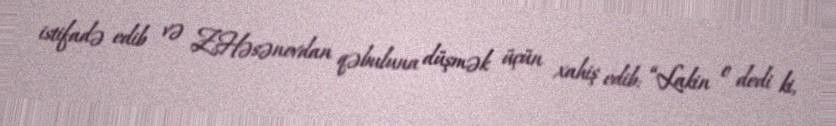
istifadə edib və Z.Həsənovdan qəbuluna düşmək üçün xahiş edib: “Lakin o dedi ki,